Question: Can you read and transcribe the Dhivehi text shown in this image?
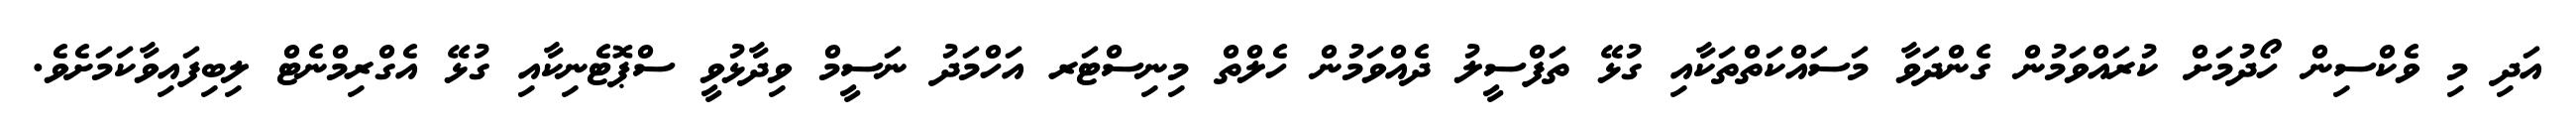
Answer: އަދި މި ވެކްސިން ހޯދުމަށް ކުރައްވަމުން ގެންދަވާ މަސައްކަތްތަކާއި ގުޅޭ ތަފްސީލު ދެއްވަމުން ހެލްތް މިނިސްޓަރ އަހްމަދު ނަސީމް ވިދާޅުވީ ސްޕޮޓެނިކާއި ގުޅޭ އެގްރިމްނެޓް ލިބިފައިވާކަމަށެވެ.